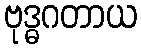
ဗုဒ္ဓဂတာယ